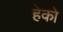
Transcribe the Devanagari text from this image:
हेको